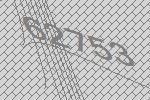
62753